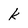
Character: k